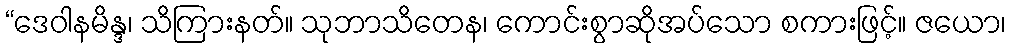
“ဒေဝါနမိန္ဒ၊ သိကြားနတ်။ သုဘာသိတေန၊ ကောင်းစွာဆိုအပ်သော စကားဖြင့်။ ဇယော၊